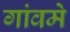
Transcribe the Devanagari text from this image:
गांवमे